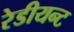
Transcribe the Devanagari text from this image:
रेडीयन्ट